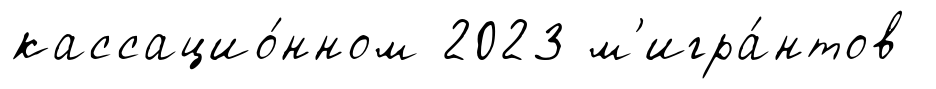
кассацио́нном 2023 м'игра́нтов